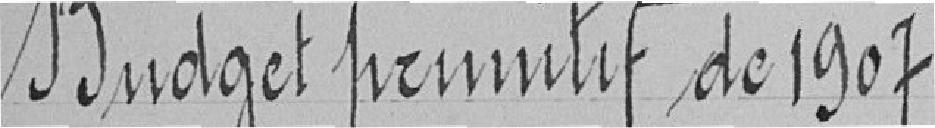
Budget primitif de 1907.